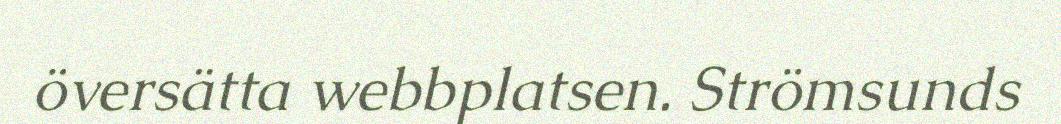
översätta webbplatsen. Strömsunds